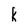
Character: K